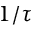
1 / \tau